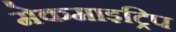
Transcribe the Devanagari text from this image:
मेकमाइट्रिप